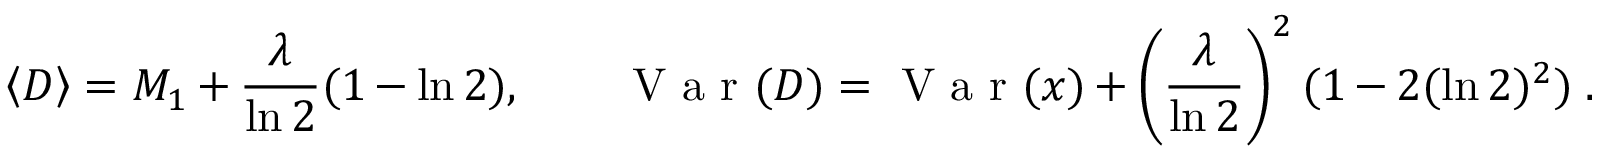
\left\langle { D } \right\rangle = M _ { 1 } + \frac { \lambda } { \ln 2 } ( 1 - \ln 2 ) , \qquad \mathrm { ~ V ~ a ~ r ~ } ( D ) = \mathrm { ~ V ~ a ~ r ~ } ( x ) + \left( \frac { \lambda } { \ln 2 } \right) ^ { 2 } ( 1 - 2 ( \ln 2 ) ^ { 2 } ) \; .